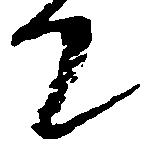
て